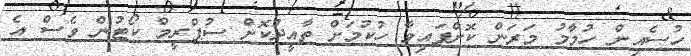
ހުސެއިން ހުމާމު މަރަން ކޮށްފައިވާ ހުކުމަށް ތާއީދުކޮށް ސުޕްރީމް ކޯޓުން ވެސް އެ